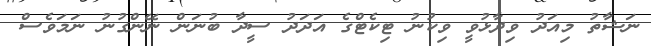
ނަޝާތު މިއަދު ވިދާޅުވީ ވިކުނު ޓިކެޓްގެ އަދަދު ސީދާ ބުނަން ނޭންގުނު ނަމަވެސް